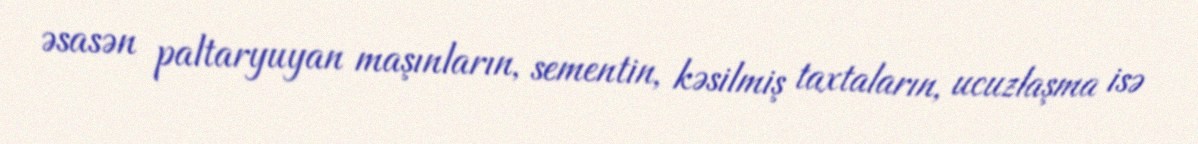
əsasən paltaryuyan maşınların, sementin, kəsilmiş taxtaların, ucuzlaşma isə